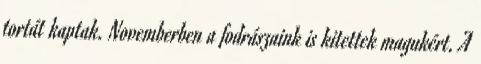
tortát kaptak. Novemberben a fodrászaink is kitettek magukért. A